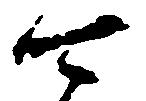
可